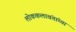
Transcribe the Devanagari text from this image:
लोककलावंतांच्या